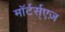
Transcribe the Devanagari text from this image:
माॅर्टर्स्एज़